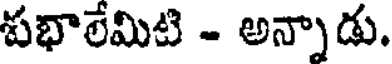
పభాలేమిటి - అన్నాడు.